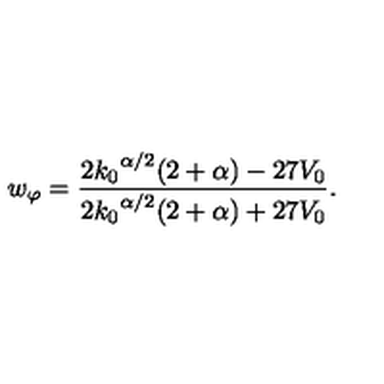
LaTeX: w _ { \varphi } = \frac { 2 { k _ { 0 } } ^ { \alpha / 2 } ( 2 + \alpha ) - 2 7 V _ { 0 } } { 2 { k _ { 0 } } ^ { \alpha / 2 } ( 2 + \alpha ) + 2 7 V _ { 0 } } .